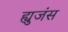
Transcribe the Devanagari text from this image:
ह्युजंस